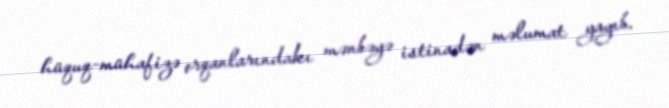
hüquq-mühafizə orqanlarındakı mənbəyə istinadən məlumat yayıb.